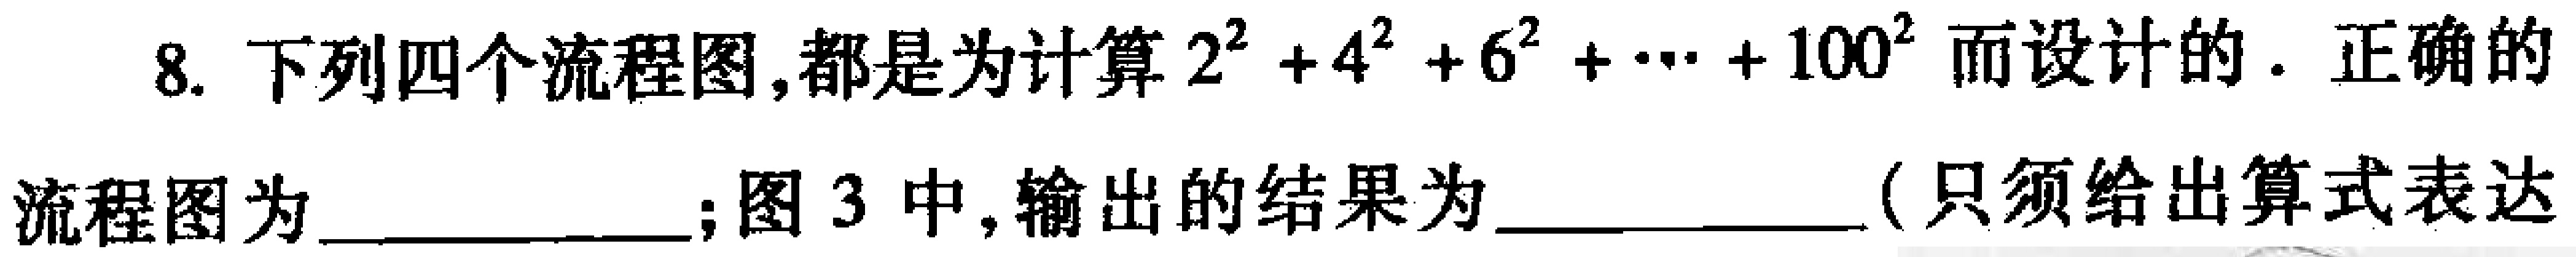
8. 下列四个流程图,都是为计算$2^{2}+4^{2}+6^{2}+\cdots +100^{2}$而设计的. 正确的
流程图为  ；图 3 中,输出的结果为  (只须给出算式表达